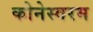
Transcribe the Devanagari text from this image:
कोनेस्वरम